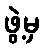
ဖွဲ့မှ